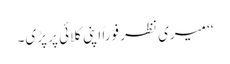
‘‘ میری نظر فوراً اپنی کلائی پر پڑی۔